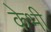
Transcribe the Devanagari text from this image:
केभी